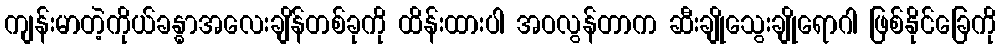
ကျန်းမာတဲ့ကိုယ်ခန္ဓာအလေးချိန်တစ်ခုကို ထိန်းထားပါ အဝလွန်တာက ဆီးချိုသွေးချိုရောဂါ ဖြစ်နိုင်ခြေကို